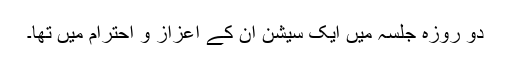
دو روزہ جلسہ میں ایک سیشن ان کے اعزاز و احترام میں تھا۔